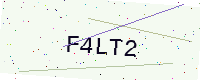
Text: F4LT2